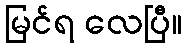
မြင်ရ လေပြီ။